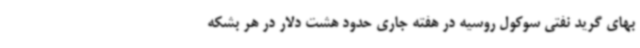
بهای گرید نفتی سوکول روسیه در هفته جاری حدود هشت دلار در هر بشکه